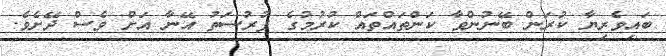
ބައިވެރިޔާ ކުރަން ބޭނުންވާ ކަންތައްތައް ކުރުމުގެ ފުރުސަތު އޭނާ އަށް ވެސް ދޭށެވެ.